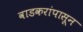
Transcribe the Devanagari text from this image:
वाडकरांपासून